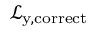
\mathcal { L } _ { \mathrm { y } , \mathrm { c o r r e c t } }